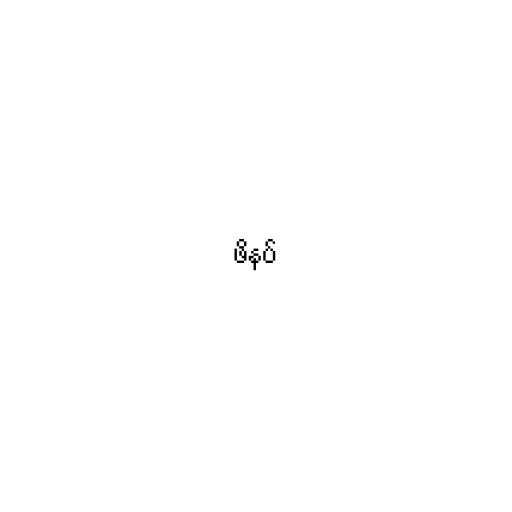
ဖိနပ်